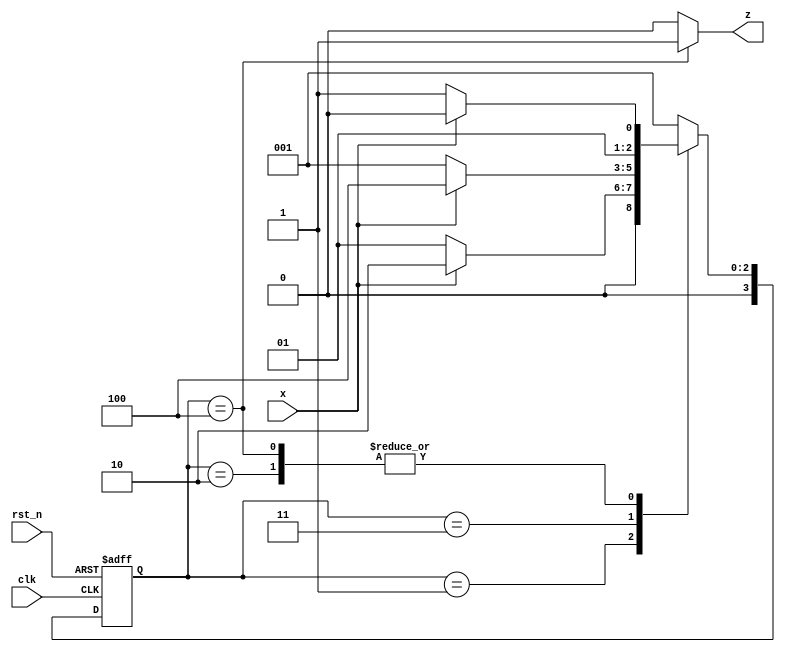
module mealy_det_ov(input clk, rst_n, x, output reg z);
    parameter A = 3'd1;
    parameter B = 3'd2;
    parameter C = 3'd3;
    parameter D = 3'd4;
    
    reg [3:0] curr_state, next_state;

    always @(posedge clk or negedge rst_n) begin
        if(!rst_n) begin
            curr_state <= A;
        end 

        else begin
            curr_state <= next_state;
        end
    end
    
    always @(curr_state or x) begin
      case(curr_state)
        A: next_state = x ? B : A;
        B: next_state = x ? B : C;
        C: next_state = x ? D : A;
        D: next_state = x ? B : C;
        default: next_state = A;
      endcase
    end

    // assign z = (curr_state == D)? 1:0;  // if output z is not reg

    always @(curr_state) begin
      z = (curr_state == D) ? 1:0;
    end

endmodule